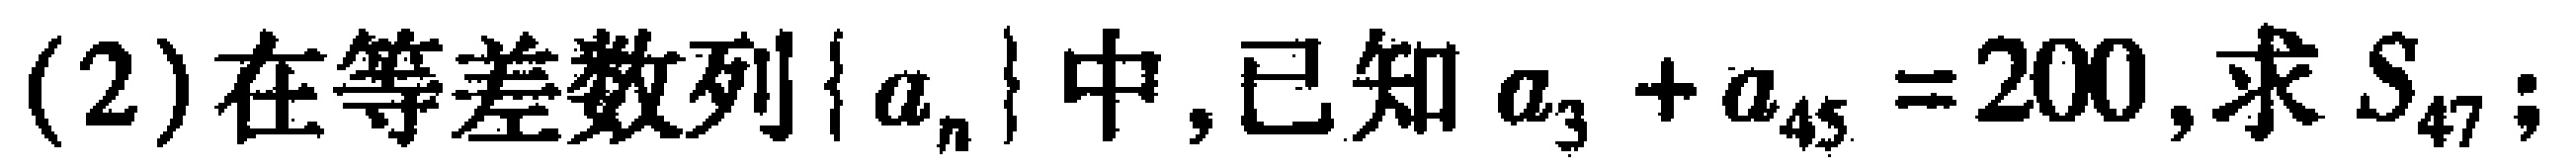
(2)在等差数列\(\{ a_{n}\}\)中,已知\(a_{3}+a_{45}=200\),求\(S_{47}\);